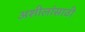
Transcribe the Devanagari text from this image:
अशीलांसाठी